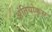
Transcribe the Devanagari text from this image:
अंतियोकुस